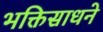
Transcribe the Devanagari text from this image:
भक्तिसाधने